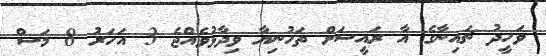
ވަހީދު ޗައިނާގެ އާ ރައީސަށް ތަހުނިޔާ ވިދާޅުވެއްޖެ 3 އަހަރު 8 މަސް